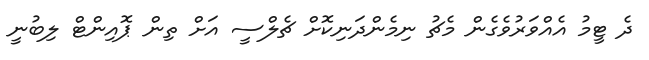
ދެ ޓީމު އެއްވަރުވެގެން މެޗު ނިމެންދަނިކޮށް ޗެލްސީ އަށް ތިން ޕޮއިންޓް ލިބުނީ